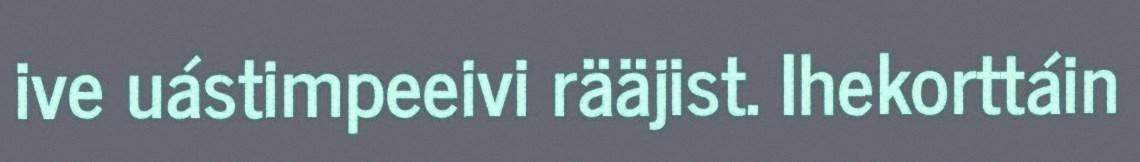
ive uástimpeeivi rääjist. Ihekorttáin